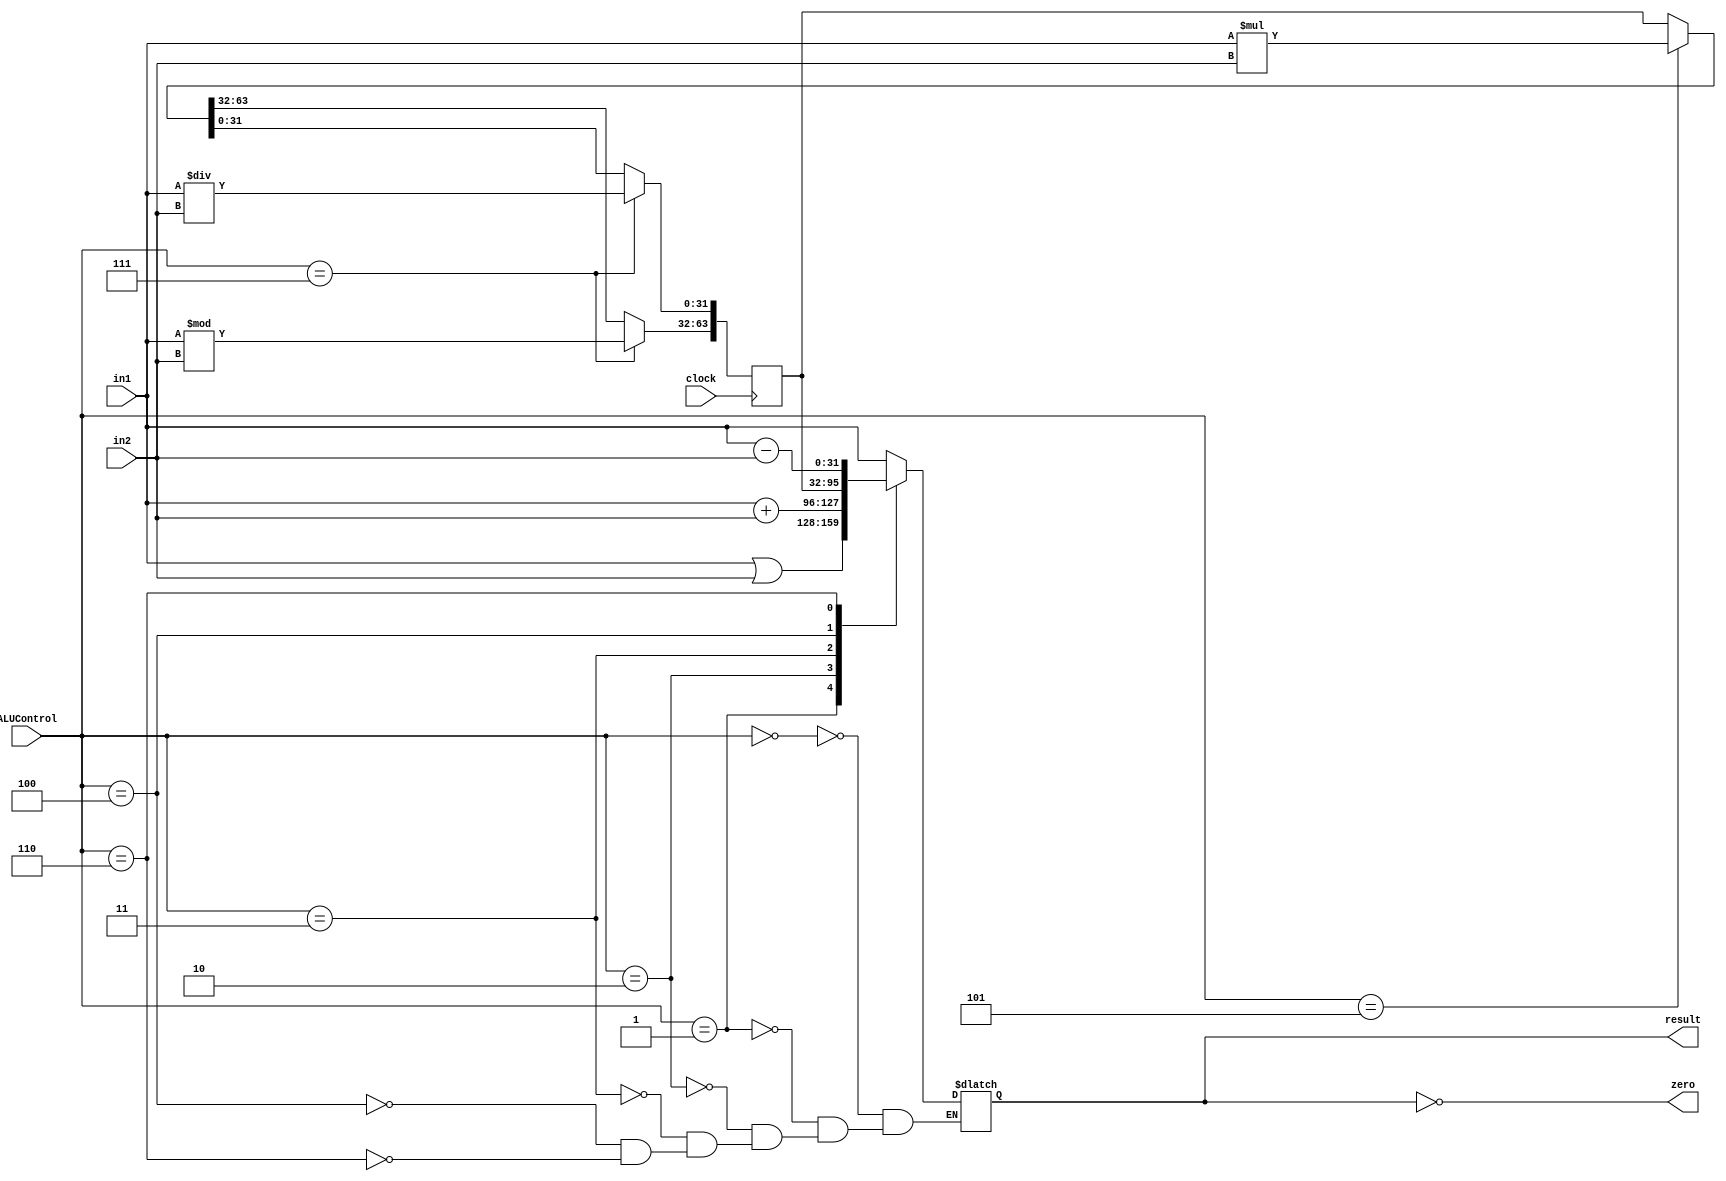
/*
Thomas Sowders
ALU.v

Contains the combinational logic of arithmetic and logic operations,
as well as a Hi-Lo register for multiplication/division results

module ALU:
Thomas Sowders

INPUTS:
in1: input data from the first register
in2: input data from the second register or sign-extended immediate.
ALUControl: Which operation to execute on the inputs
Clock: ALU stores HiLo values on low edge

OUTPUTS:
result: Result of the ALU calculation
zero: high if the ALU result is zero.

*/


module ALU (input signed [31:0] in1,
			input signed [31:0] in2,
			input [2:0] ALUControl,
			input clock,
			output reg signed [31:0] result,
			output zero);
	
	
	reg signed [63:0] HiLo;
	assign zero = (result == 0);
	//Initialize internal register
	
	initial
		begin
			HiLo = 0;
		end
	//Calculate combinational operations: Forward, Or, add, sub, and MFHI/LO
	always @(in1 or in2 or ALUControl)
		begin
			casex (ALUControl)
				0:  //No ALU operation, forward input 1
					result = in1;
				1:  //Bitwise OR
					result = in1 | in2;
				2:  //Add
					result = in1 + in2;
				3:  //MFHI
					result = HiLo[63:32];
				4:  //MFLO
					result = HiLo[31:0];
				6:  //Subtract
					result = in1 - in2;
			endcase
			
		end
	//Multiply and divide results are only stored at clock falling edge.
	always @(negedge clock)
		begin
			if(ALUControl == 5) //Multiply
				HiLo = in1 * in2;
			if(ALUControl == 7) 
				begin//Divide
					HiLo[31:0] = in1 / in2;
					HiLo[63:32] = in1 % in2;
				end
				
		end
endmodule